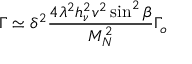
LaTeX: \Gamma \simeq \delta ^ { 2 } \frac { 4 \lambda ^ { 2 } h _ { \nu } ^ { 2 } v ^ { 2 } \sin ^ { 2 } \beta } { M _ { N } ^ { 2 } } \Gamma _ { o }